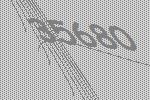
35680